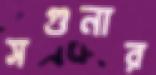
সগুনার